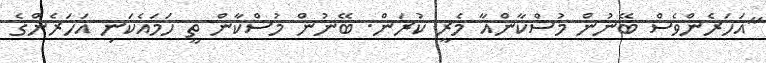
"އަހަރެންވެސް ބޭނުން މުސްކާންއާ މެރީ ކުރަން. ބޭނުން މުސްކާން ތީ ހަމައެކަނި އަހަރެންގެ